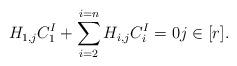
LaTeX: \begin{align*}H_{1, j} C^{I}_{1} + \sum_{i = 2}^{i = n} H_{i, j} C^{I}_{i} = 0 j \in [r].\end{align*}